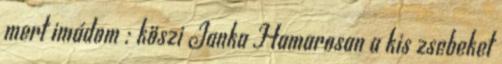
mert imádom : köszi Janka Hamarosan a kis zsebeket